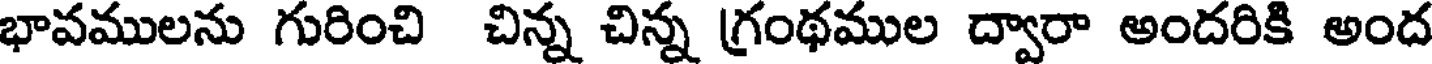
భావములను గురించి చిన్న చిన్న గ్రంథముల ద్వారా అందరికి అంద